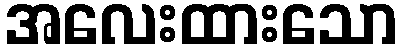
အလေးထားသော